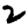
Digit: 2